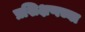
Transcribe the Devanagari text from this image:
प्रशिक्षणच्या